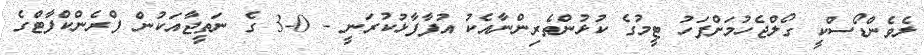
ލެވެންޑޯސްކީ ގޯލްޖެހުމަށްފަހު ޓީމުގެ ކުޅުންތެރިންނާއެކު އުފާފާޅުކުރަނީ - 0-3 ގެ ނަތީޖާއަކުން ފްރެންކްފާޓްގެ